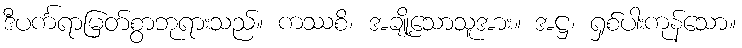
ဒီပင်္ကရာမြတ်စွာဘုရားသည်။ ကဿစိ၊ အချို့သောသူအား။ အဋ္ဌ၊ ရှစ်ပါးကုန်သော။